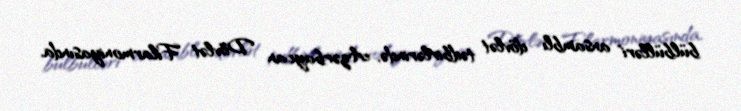
bülbülləri" ansamblı dövlət tədbirlərində, Azərbaycan Dövlət Filarmoniyasında,